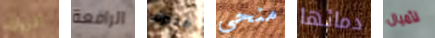
الروك الرافعة محترف منحي دمائها لأميال